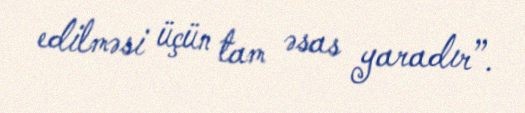
edilməsi üçün tam əsas yaradır”.